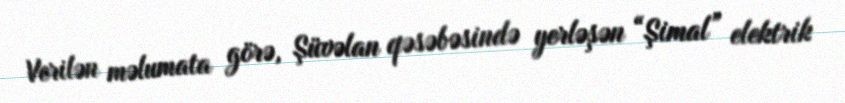
Verilən məlumata görə, Şüvəlan qəsəbəsində yerləşən “Şimal” elektrik